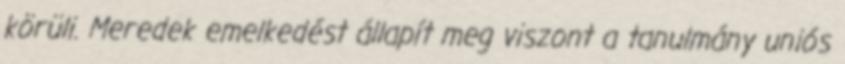
körüli. Meredek emelkedést állapít meg viszont a tanulmány uniós